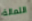
الثمالة